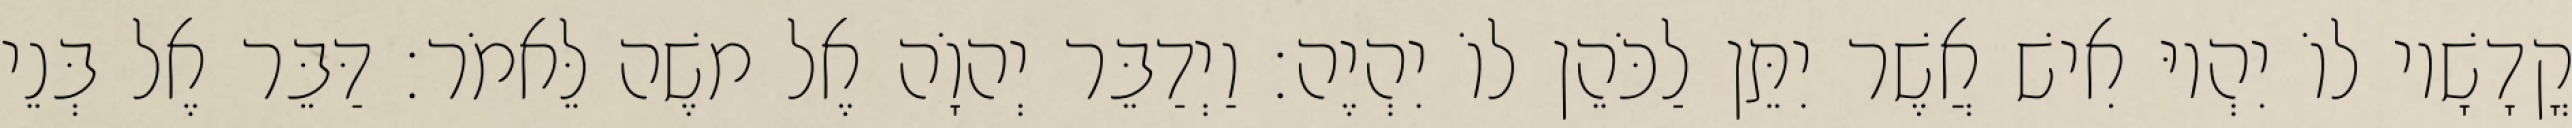
קֳדָשָׁיו לוֹ יִהְיוּ אִישׁ אֲשֶׁר יִתֵּן לַכֹּהֵן לוֹ יִהְיֶה׃ וַיְדַבֵּר יְהוָֹה אֶל משֶׁה לֵּאמֹר׃ דַּבֵּר אֶל בְּנֵי